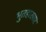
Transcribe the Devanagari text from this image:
भुतहाखार